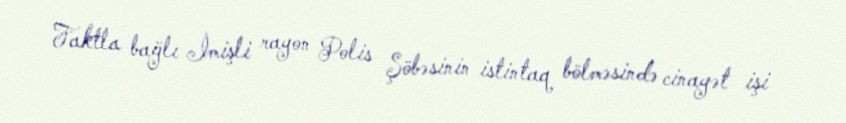
Faktla bağlı İmişli rayon Polis Şöbəsinin istintaq bölməsində cinayət işi